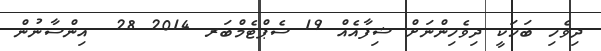
ދިވެހި ބަހަކީ ދިވެހިންނަށް ޝިފާއެއް 19 ސެޕްޓެމްބަރ 2014 28  އިންސާނުން